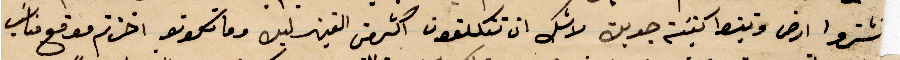
تشتروا ارض وتبسط كنيسة جزين لالك ان تتكلفون اكثر من الفين ليس وما تكونو اخذتم مواقع مناسب